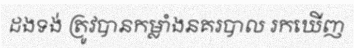
ដងទង់ ត្រូវបានកម្លាំងនគរបាល រកឃើញ